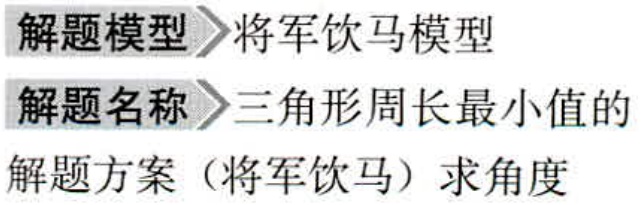
解题模型\(>\)将军饮马模型

解题名称\(>\)三角形周长最小值的

解题方案（将军饮马）求角度